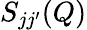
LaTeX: {S_{jj^{\prime}}}(Q)